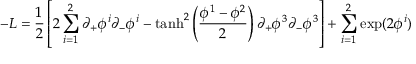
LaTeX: - { \cal L } = \frac { 1 } { 2 } \left[ 2 \sum _ { i = 1 } ^ { 2 } \partial _ { + } \phi ^ { i } \partial _ { - } \phi ^ { i } - \operatorname { t a n h } ^ { 2 } \left( { \frac { \phi ^ { 1 } - \phi ^ { 2 } } { 2 } } \right) \partial _ { + } \phi ^ { 3 } \partial _ { - } \phi ^ { 3 } \right] + \sum _ { i = 1 } ^ { 2 } \exp ( 2 \phi ^ { i } )